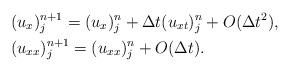
LaTeX: \begin{align*}&(u_x)^{n+1}_j = (u_x)^n_j + \Delta t (u_{xt})^n_j + O(\Delta t^2), \\&(u_{xx})^{n+1}_j = (u_{xx})^n_j + O(\Delta t). \end{align*}